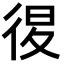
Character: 𢓴